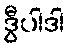
ဒွီပါဒါ